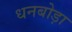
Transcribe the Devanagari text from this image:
धनबोड़ा